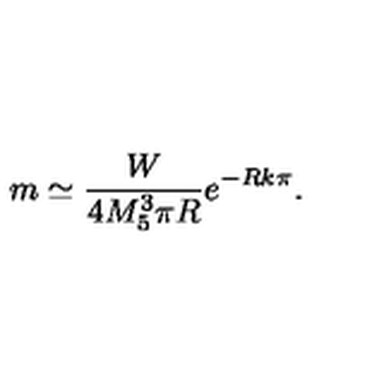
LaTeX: m \simeq \frac { W } { 4 M _ { 5 } ^ { 3 } \pi R } e ^ { - R k \pi } .